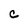
Character: c